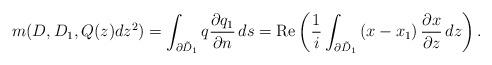
LaTeX: \begin{align*} m(D,D_1,Q(z)dz^2) = \int_{\partial \tilde{D}_1} q \frac{\partial q_1}{\partial n} \,ds = \mbox{Re} \left( \frac{1}{i} \int_{\partial \tilde{D}_1} \left( x - x_1 \right) \frac{\partial x}{\partial z} \,dz \right). \end{align*}